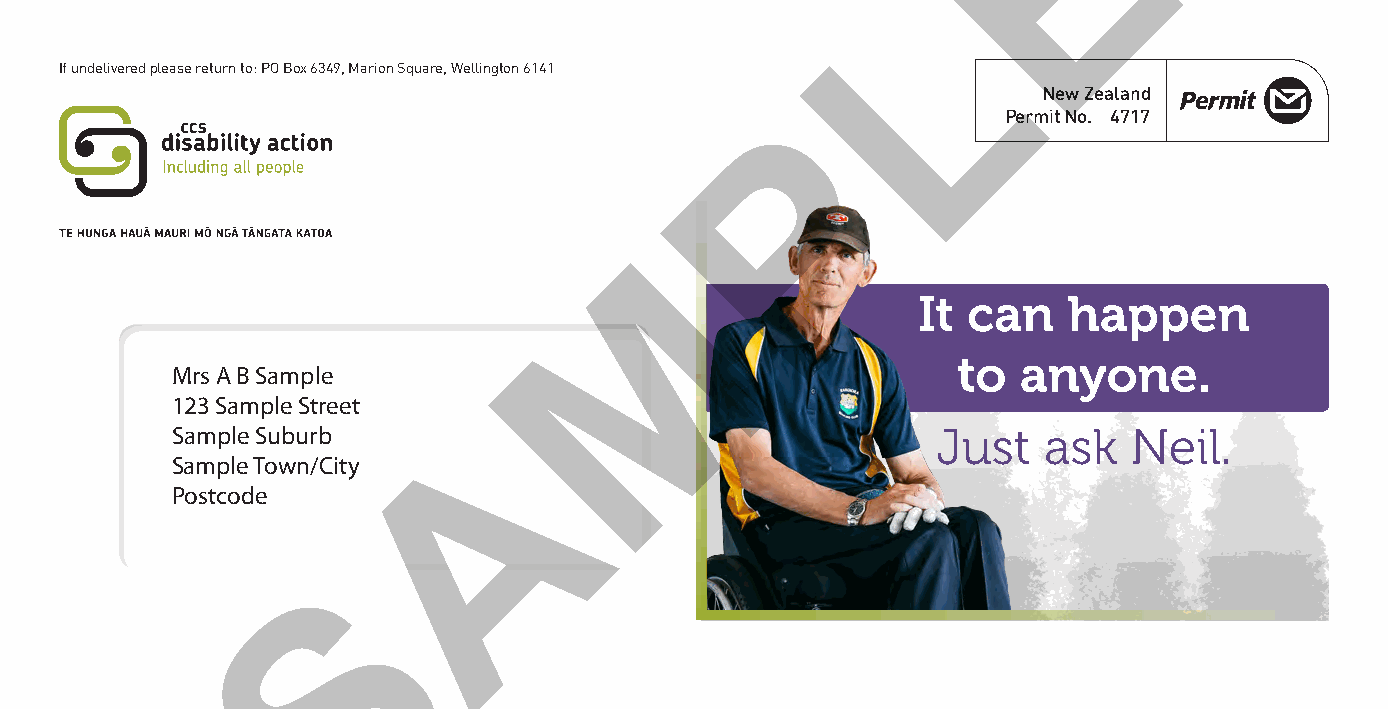
E
 L
 If undelivered please return to: PO Box 6349, Marion Square, Wellington 6141
 New Zealand
 P
 Permit No. 4717
 M
 It can    happen
 to   anyone.
 Mrs A B Sample
 123 Sample Street
 A
 Sample Suburb                                      Just   ask   Neil.
 Sample Town/City
 Postcode
 S